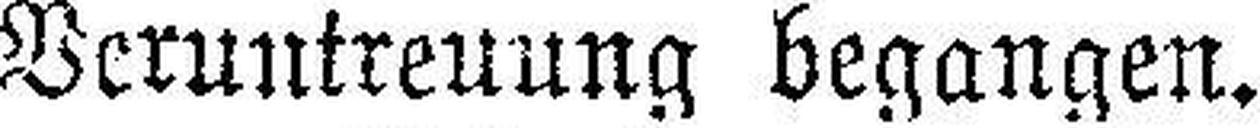
Veruntreuung begangen.